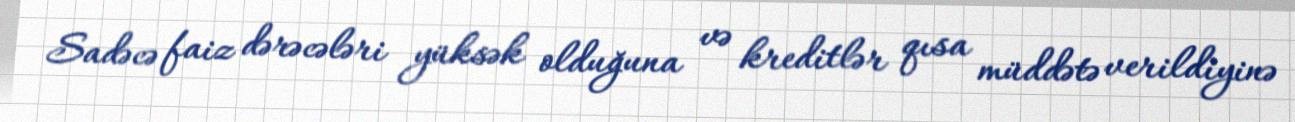
Sadəcə faiz dərəcələri yüksək olduğuna və kreditlər qısa müddətə verildiyinə